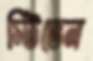
স্টিভেন